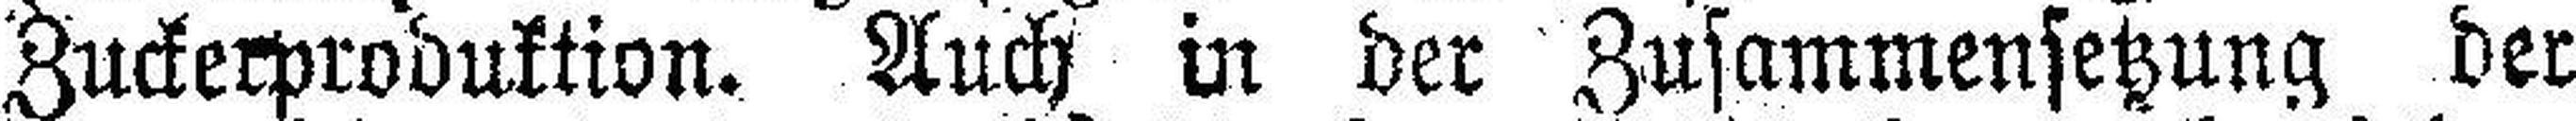
Zuckerproduktion. Auch in der Zusammensetzung der